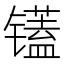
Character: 𫠁